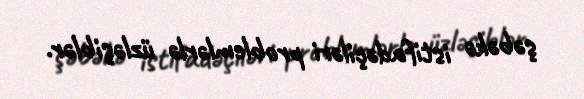
şəbəkə istifadəçiləri problemlərlə üzləşiblər.